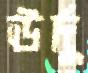
ঊর্দু